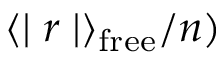
\langle \mid r \mid \rangle _ { \mathrm { f r e e } } / n )